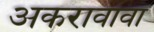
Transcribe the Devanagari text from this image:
अकरावावा